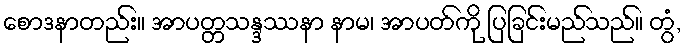
စောဒနာတည်း။ အာပတ္တသန္ဒဿနာ နာမ၊ အာပတ်ကို ပြခြင်းမည်သည်။ တွံ,